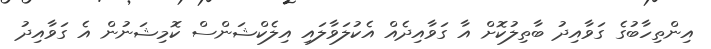
އިންތިހާބުގެ ގަވާއިދު ބާތިލުކޮށް އާ ގަވާއިދެއް އެކުލަވާލައި އިލެކްޝަންސް ކޮމިޝަނުން އެ ގަވާއިދު